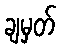
ချမှတ်